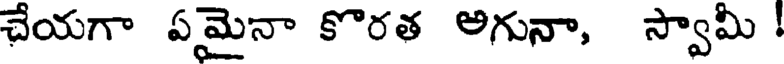
చేయగా ఏమైనా కొరత అగునా, స్వామీ